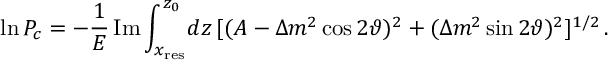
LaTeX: \ln P _ { c } = - \frac { 1 } { E } \, \mathrm { I m } \int _ { x _ { \mathrm { r e s } } } ^ { z _ { 0 } } \! d z \, [ ( A - \Delta m ^ { 2 } \cos 2 \vartheta ) ^ { 2 } + ( \Delta m ^ { 2 } \sin 2 \vartheta ) ^ { 2 } ] ^ { 1 / 2 } \, .